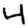
Digit: 4